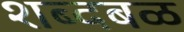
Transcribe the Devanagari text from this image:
शब्दबळ